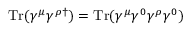
\mathrm { T r } ( \gamma ^ { \mu } \gamma ^ { \rho \dagger } ) = \mathrm { T r } ( \gamma ^ { \mu } \gamma ^ { 0 } \gamma ^ { \rho } \gamma ^ { 0 } )